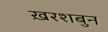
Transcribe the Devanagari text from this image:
ख़रशबुन